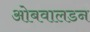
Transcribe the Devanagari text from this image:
ओबवालडन